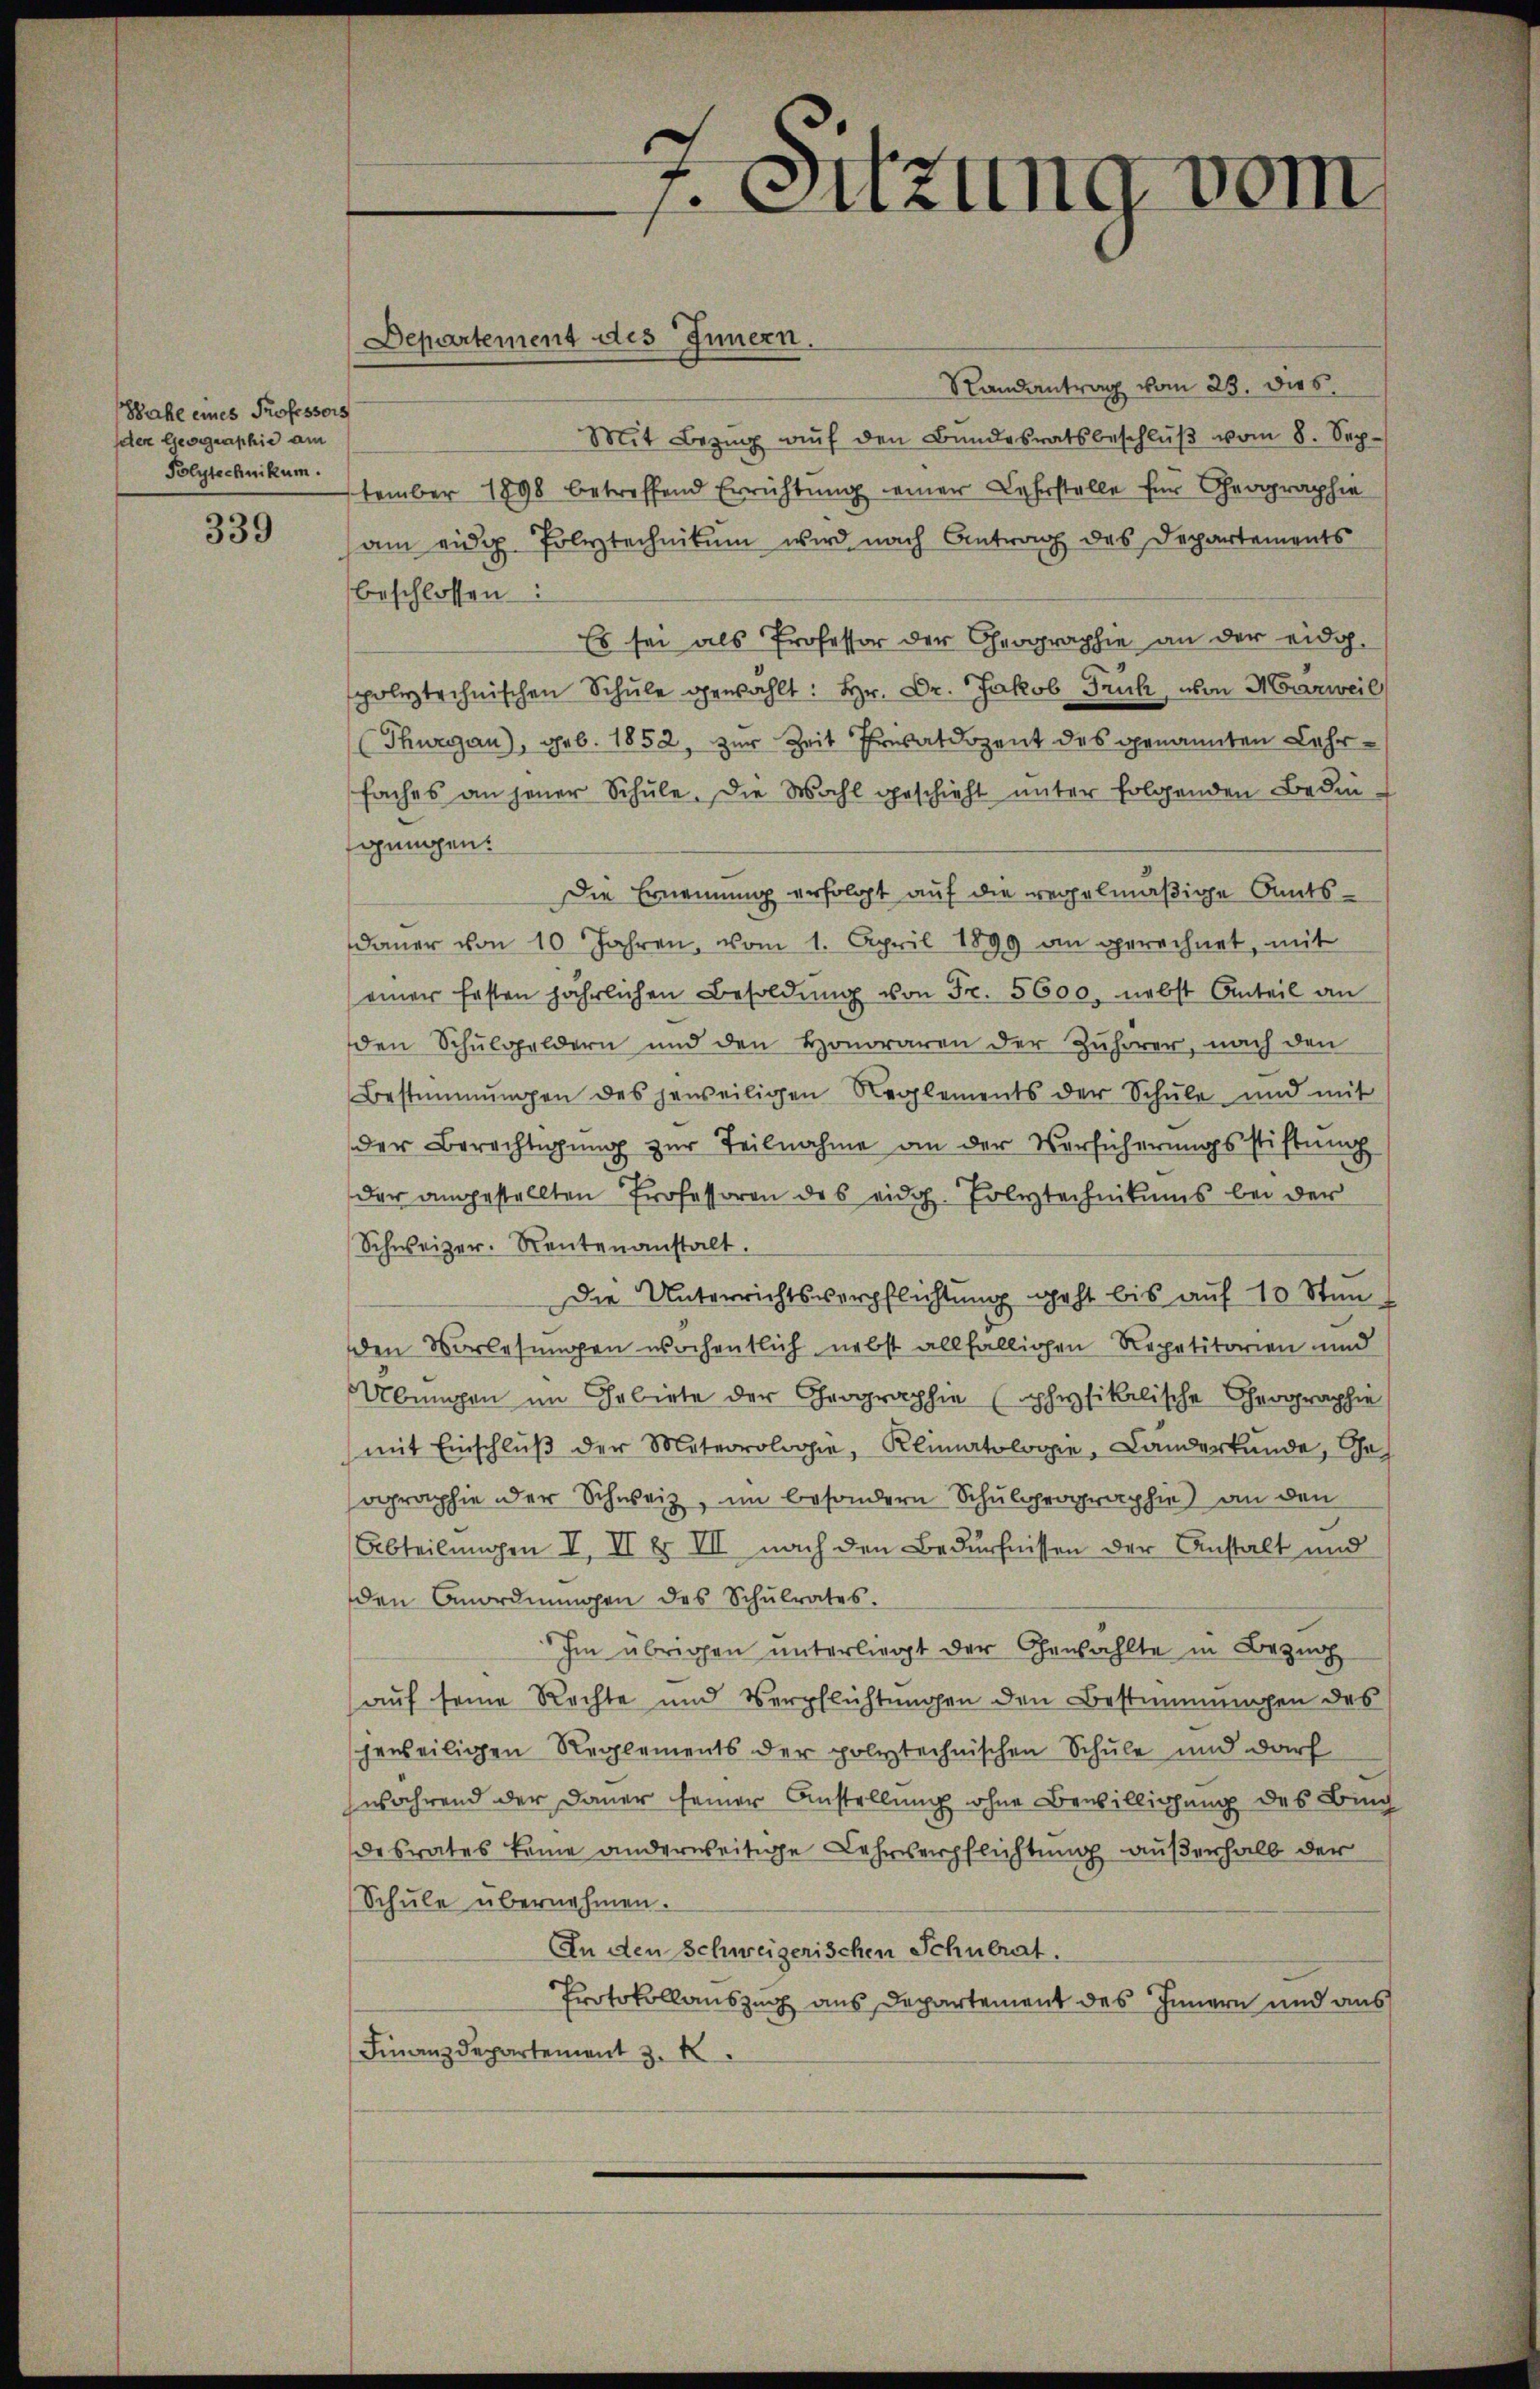
Wahl eines Professors
der Geographie am
Polytechnikum.

339

Randantrag vom 23. dies
Mit Bezŭg aŭf den Bundesratsbeschlŭβ vom 8. September 1898 betreffend Errichtung einer Lehrstelle für Geographie
am eidg. Polytechnikum wird nach Antrag des Departements
beschlossen:
Es sei als Professor der Geographie an der eidg.
polytechnischen Schule gewählt: Hr. Dr. Jakob Frick, von Marweil
(Thurgau), geb. 1852, zur Zeit Privatdozent des genannten Lehrfaches an jener Schŭle. Die Wahl geschieht unter folgenden Bedin
gungen.
Die Ernennung erfolgt auf die regelmäßige Amtsdaŭer von 10 Jahren, vom 1. April 1899 an gerechnet, mit
einer Ersten jährlichen Besoldŭng von Fr. 5600. nebst Anteil an
den Schulgeldern und den Honoraren der Zuhörer, nach den
Bestimmungen des jeweiligen Reglements der Schŭle und mit
der Berechtigŭng zur Teilnahme an der Verführungsstiftŭng
der angestellten Professoren des eidg. Polytechnikums bei der
Schweizer. Rentenanstalt.
Die Unterrichtsverpflichtung geht bis auf 10 Stun
den Vorlesungen wöchentlich nebst allfälligen Repetitorien und
Übungen im Gebiete der Geographie (physikalische Geographie
(mit Einschlŭβ der Meteorologie, Klimatologie, Landerkunde, Cha
agraphie der Schweiz, im besondern Schulgeographie) an den
Abteilungen I. II b III nach den Bedürfnissen der Anstalt und
den Anordnungen des Schulrates.
Im übrigen unterliegt der Gewählte in Bezing
auf seine Rechte und Verpflichtungen den Bestimmungen des
scheweiligen Reglements der polytechnischen Schule und darf
während der Dauer seiner Anstellung ohne Bewilligung des Bing
desrates keine anderweitige Lehrverpflichtung außerhalb der
Schule übernehmen.
An den Schweizerischen Schulrat.
Protokollauszug aus Departement des Innern und aus
Finanzdepartement 3. K

Departement des Innern.

7. Sitzung vom